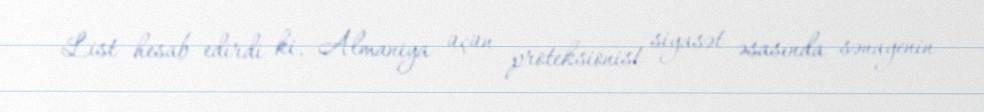
List hesab edirdi ki, Almaniya üçün proteksionist siyasət əsasında sənayenin